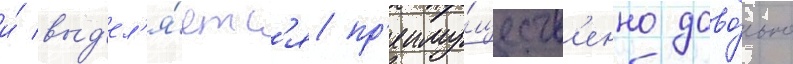
и́ выд'ел'я́етс'я пр'еиму́ществ'енно дово́льно